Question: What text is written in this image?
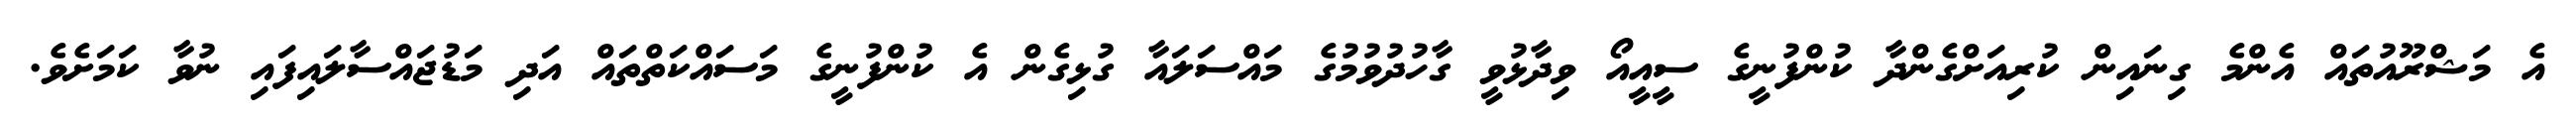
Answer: އެ މަޝްރޫއުތައް އެންމެ ގިނައިން ކުރިއަށްގެންދާ ކުންފުނީގެ ސީއީއޯ ވިދާޅުވީ ގާހުދުވުމުގެ މައްސަލައާ ގުޅިގެން އެ ކުންފުނީގެ މަސައްކަތްތައް އަދި މަޑުޖައްސާލައިފައި ނުވާ ކަމަށެވެ.